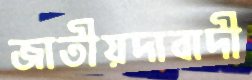
জাতীয়দাবাদী